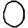
Digit: 0